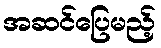
အဆင်ပြေမည့်